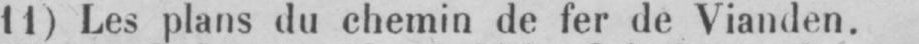
11) Les plans du chemin de fer de Vianden.